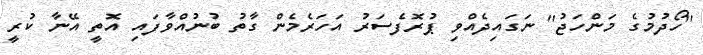
''ހޯދުމުގެ މަންހަޖު'' ނަގައިދެއްވި ޕުރޮފެސަރު އަހަރެމެން ގާތު ބުނުއްވާފައި އޮތީ އޭނާ ކުރީ